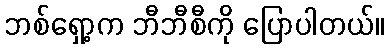
ဘစ်ရှော့က ဘီဘီစီကို ပြောပါတယ်။